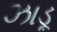
ઝાડૂ